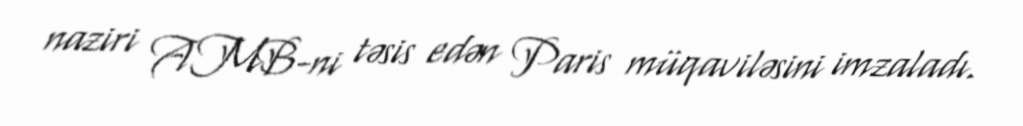
naziri AMB-ni təsis edən Paris müqaviləsini imzaladı.